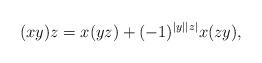
LaTeX: \begin{align*}(xy)z=x(yz)+(-1)^{\vert y\vert \vert z\vert} x(zy),\end{align*}